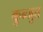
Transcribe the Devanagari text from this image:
कुन्जुत